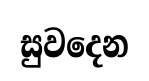
සුවදෙන